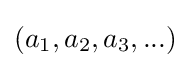
(a_{1},a_{2},a_{3},...)